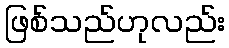
ဖြစ်သည်ဟုလည်း